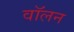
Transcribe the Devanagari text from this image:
वॉलन